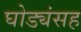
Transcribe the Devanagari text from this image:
घोड्यंसह